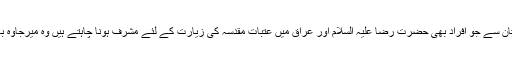
پاکستان کے تمام صوبوں پنجاب،سندھ، سرحد اور بلوچستان سے جو افراد بھی حضرت رضا علیہ السلام اور عراق میں عتبات مقدسہ کی زیارت کے لئے مشرف ہونا چاہتے ہیں وہ میرجاوہ بارڈر سے داخل ہو کر ایران اور عراق کا سفر کرتے ہیں۔